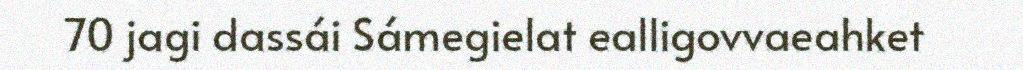
70 jagi dassái Sámegielat ealligovvaeahket